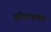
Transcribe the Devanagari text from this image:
प्रोपानॉल